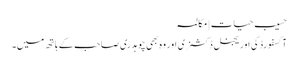
حسیب حیات | مکالمہ
آکسفورڈ کی اوریجنل ڈکشنری اور وہ بھی چوہدری صاحب کے ہاتھ میں۔